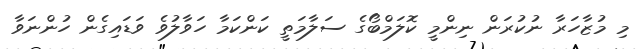
މި މުޒާހަރާ ނުކުރަން ނިންމީ ކޮލަމްބޯގެ ސަލާމަތީ ކަންކަމާ ހަވާލުވެ ވަޑައިގެން ހުންނަވާ